system: You are a helpful assistant.
user:
Analyze the provided spectrum to determine if it is a **S-type Star**.

- **Key Indicators for S-type Star:**

    - **(Overall Spectrum Shape):** The first and most obvious characteristic is the overall continuum (the "baseline" shape). It is **extremely "red-sloping,"** meaning the flux (light intensity) is very low on the left side (blue, ~4000-4500 Å) and rises steeply and continuously toward the right side (red, ~7000 Å+).

    - **(Primary):** The spectrum is defined by the presence of strong, broad molecular absorption "valleys" (bands) from **Zirconium Oxide (ZrO)**. The identification of these bands is the **primary requirement** for classifying a star as S-type.
        - **(Key Bandheads):** You must find distinct, deep "dips" where the light has been absorbed. The most critical band systems to locate are:
            - **~6474 Å** ($\gamma$-system): This is often the strongest and clearest ZrO feature, found in the red part of the spectrum.
            - **~5718 Å** & **~5551 Å** ($\beta$-system): A pair of prominent absorption features in the yellow-orange part of the spectrum.
            - **~4640 Å** ($\alpha$-system): A key absorption band system in the blue-green region of the spectrum.

    - **(Secondary Confirmation):** The classification is strengthened by finding additional absorption bands from other related heavy element oxides, which are expected to be present alongside ZrO.
        - **(Key Bandheads):**
            - **Yttrium Oxide (YO):** Look for absorption dips near **~4800 Å** and **~6100 Å**.
            - **Lanthanum Oxide (LaO):** Additional absorption features, particularly in the red-orange part of the spectrum, are also characteristic.

    - **(Line Profile):** The combination of the steep red continuum and these numerous, deep molecular bands (ZrO, YO, etc.) gives the entire spectrum a very **"chopped-up"** or **"bumpy"** appearance. Instead of a smooth curve, the spectrum looks as though large, wide chunks of light have been "carved out" of it at the specific wavelengths listed above.

Think first, call **spectral_visualization_tool** if needed to examine features in detail, then provide your final answer. Your response must adhere to the following strict rules:
1.  **Overall Structure:** Your response must follow the format `<think>...</think> <tool_call>...</tool_call> (if a tool is used) <answer>...</answer>`.
2.  **Tool Usage Constraint:** You may only make **one** tool call per turn.
3.  **Final Answer Format:** In the `<answer>` tag, your conclusion must be inside a `\boxed{}` command (e.g., `\boxed{YES}` or `\boxed{NO}`), followed by your justification.

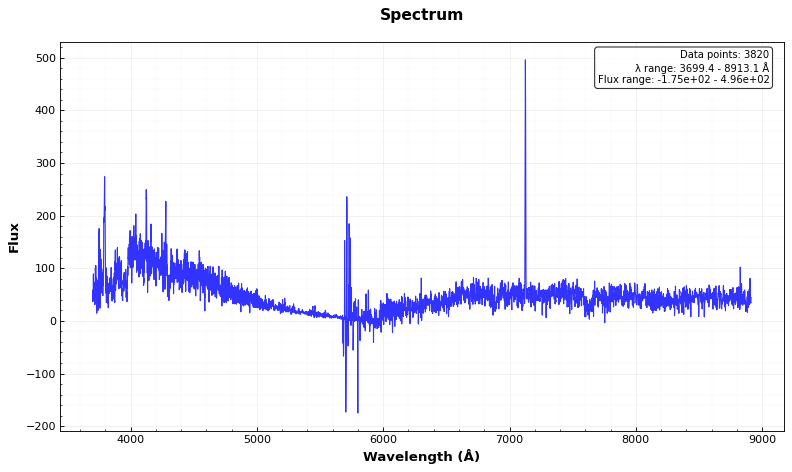
Answer: YES